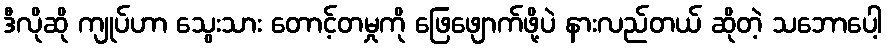
ဒီလိုဆို ကျုပ်ဟာ သွေးသား တောင့်တမှုကို ဖြေဖျောက်ဖို့ပဲ နားလည်တယ် ဆိုတဲ့ သဘောပေါ့